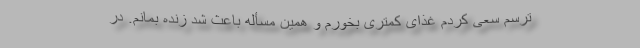
ترسم سعی کردم غذای کمتری بخورم و همین مسأله باعث شد زنده بمانم. در